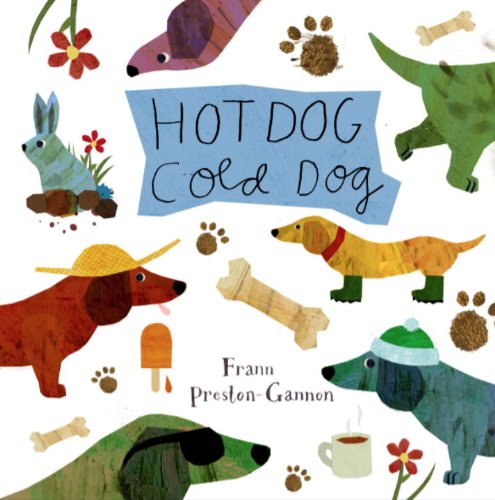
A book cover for Hot Dog, Cold Dog; Frann Preston-Gannon; Children's Books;